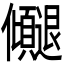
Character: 𫤓